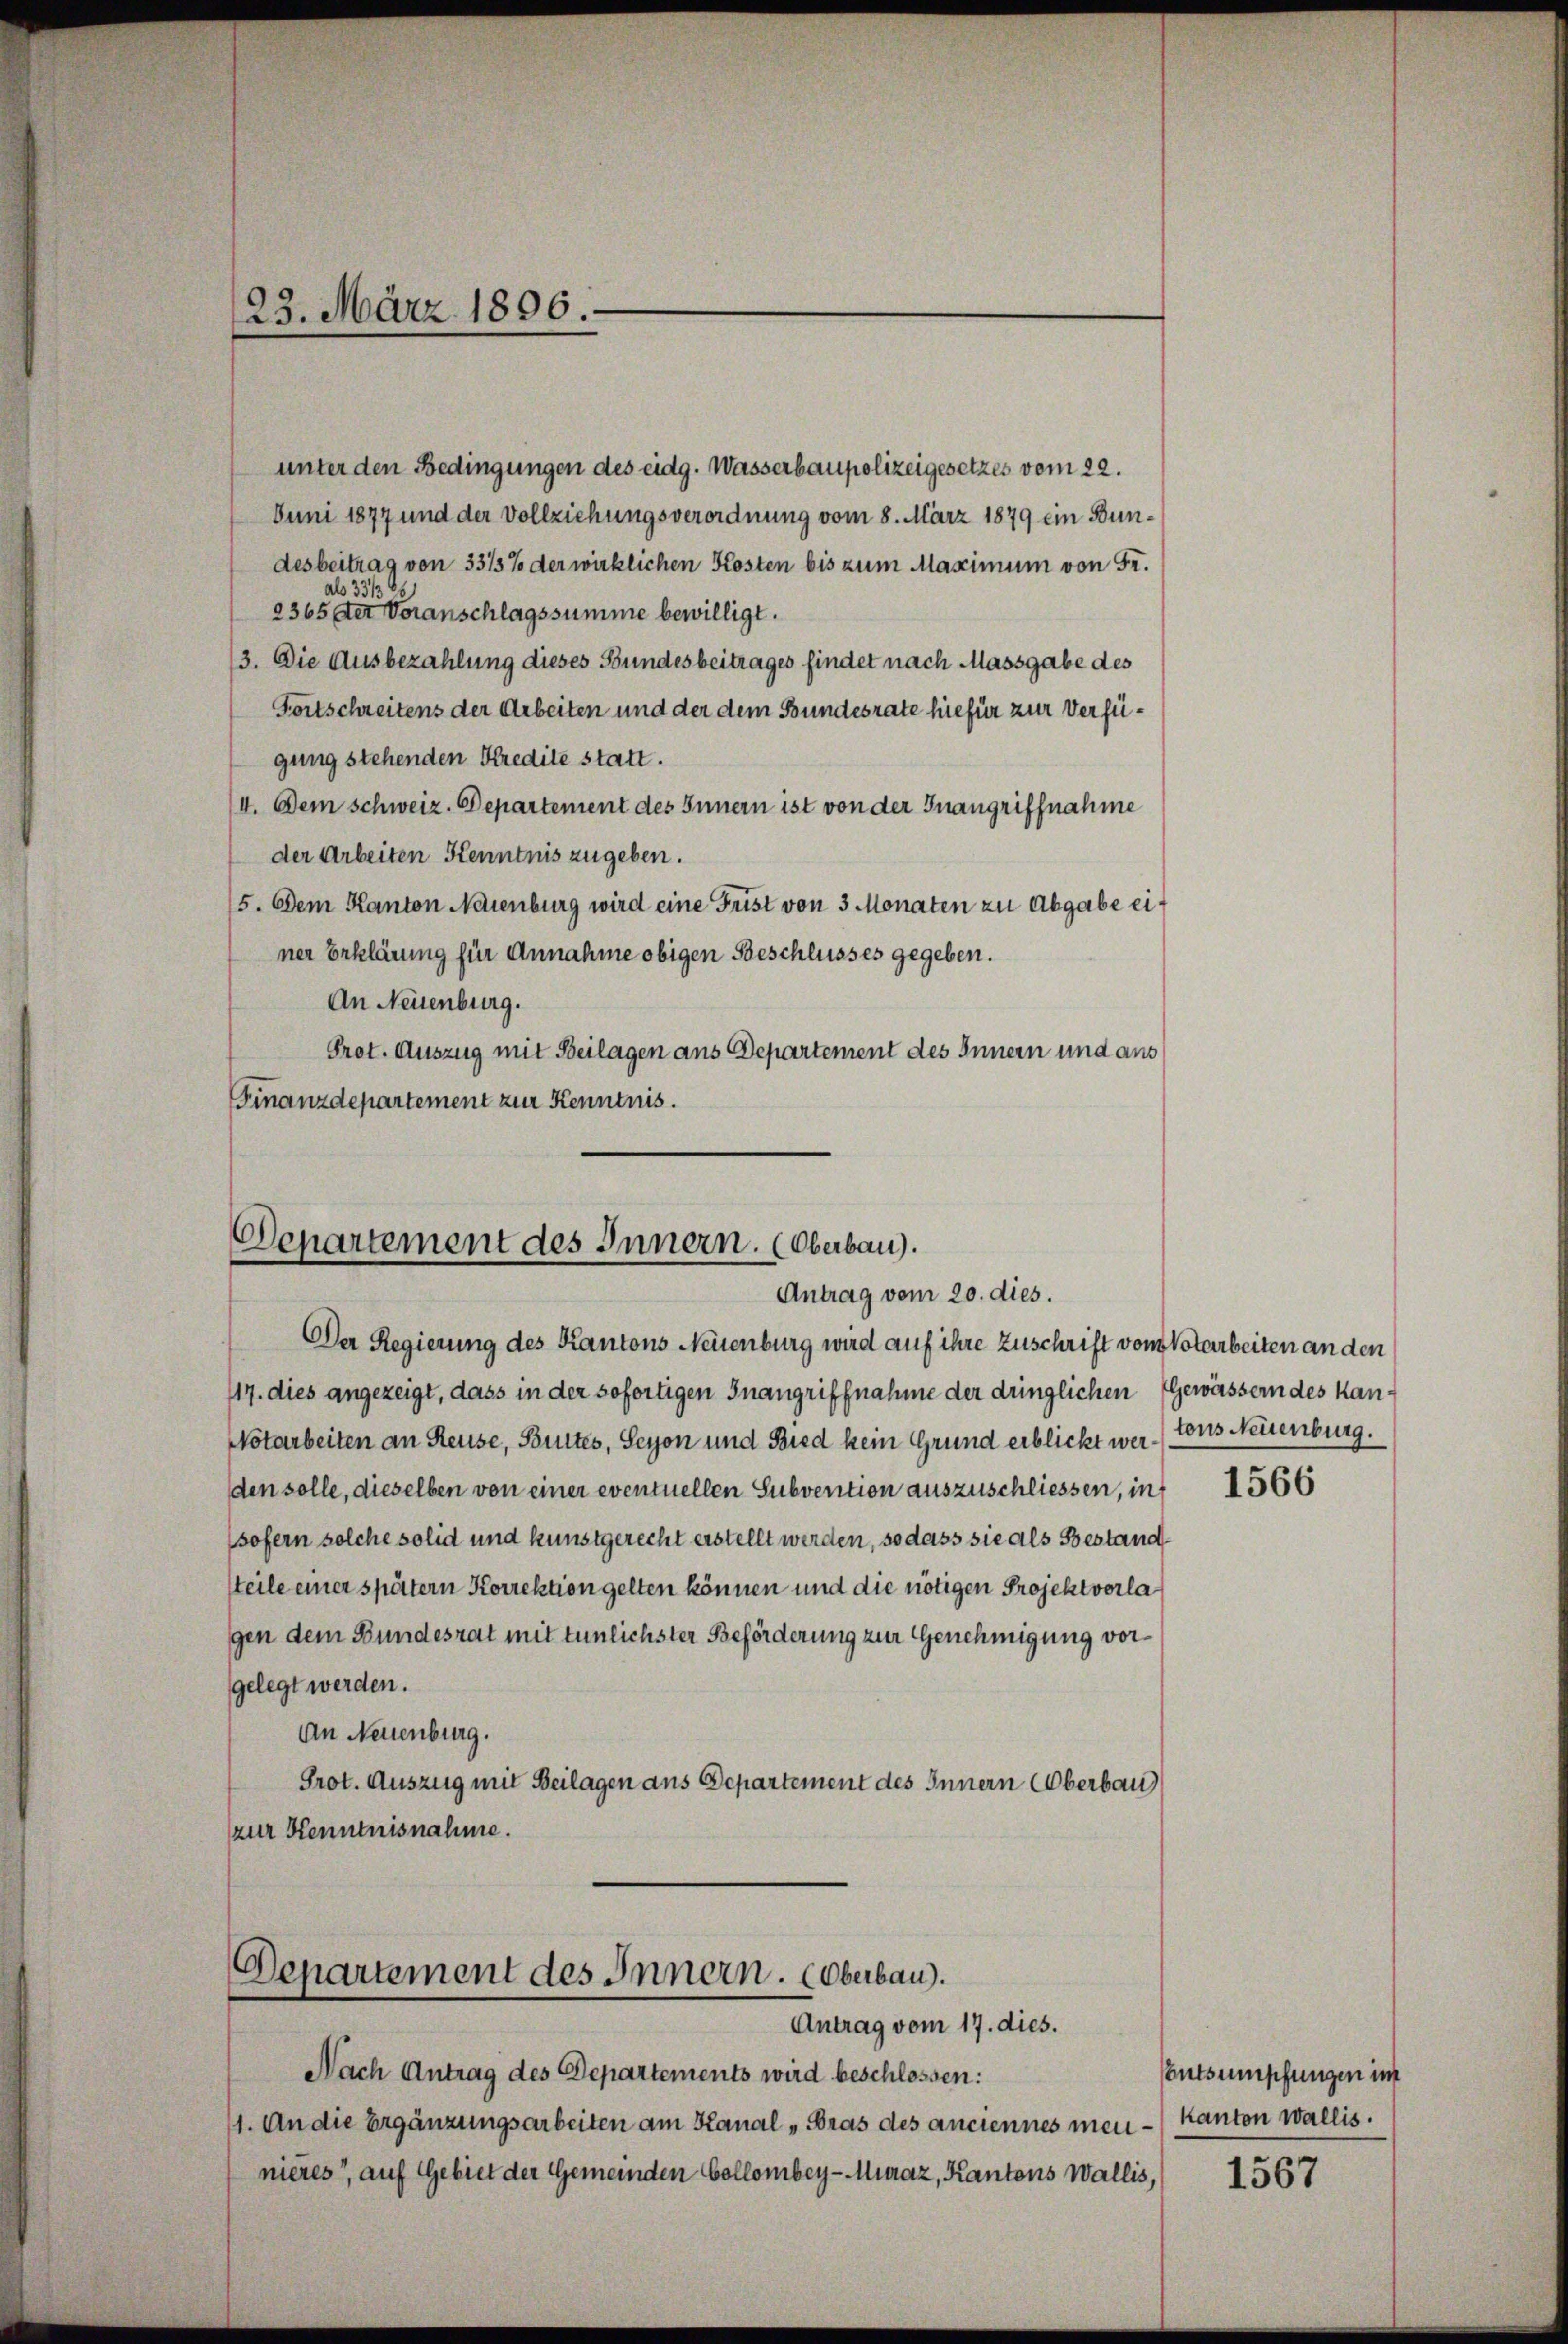
unter den Bedingungen des eidg. Wasserbaupolizeigesetzes vom 22.
Juni 1877 und der Vollziehungsverordnung vom 8. März 1879 ein Bundesbeitrag von 3315% der wirklichen Kosten bis zum Maximum von Fr.
abs 331.
2365 der Voranschlagssumme bewilligt.
3. Die Ausbezahlung dieses Bundesbeitrages findet nach Massgabe des
Fortschreitens der Arbeiten und der dem Bundesrate hiefür zur Verfügung stehenden Kredite statt.
4. Dem Schweiz. Departement des Innern ist von der Inangriffnahme
der Arbeiten Kenntnis zugeben.
5. Dem Kanton Neuenburg wird eine Frist von 3 Monaten zu Abgabe einer Erklärung für Annahme obigen Beschlusses gegeben.
An Neuenburg.
Prot. Auszug mit Beilagen ans Departement des Innern und aus
Finanzdepartement zur Kenntnis.

23. März 1896.

Departement des Innern. (Oberbau).
Antrag vom 20. dies.

Der Regierung des Kantons Neuenburg wird auf ihre Zuschrift von Notarbeiten an den
117. dies angezeigt, dass in der sofortigen Inangriffnahme der dringlichen Gewässern des Kan¬
Notarbeiten an Reuse, Brites, Seyon und Bied kein Grund erblickt wertons Neuenburg.
den solle, dieselben von einer eventuellen Subvention auszuschliessen, in
sofern solche solid und kunstgerecht erstellt werden, so dass sie als Bestandsteile einer spätern Korrektion gelten können und die nötigen Projektvorlagen dem Bundesrat mit tunlichster Beförderung zur Genehmigung vorgelegt werden.
An Neuenburg.
Prot. Auszug mit Beilagen aus Departement des Innern Oberbau
zur Kenntnisnahme.

Departement des Innern. (Oberbau).
Antrag vom 17. dies.

Nach Antrag des Departements wird beschlossen:
1. An die Ergänzungsarbeiten am Kanal „Bras des anciennes men-Kanton Wallis.
nieres, auf Gebiet der Gemeinden Collombey-Muraz, Kantons Wallis,

1566

Contsumpfungen in

1567